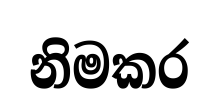
නිමකර